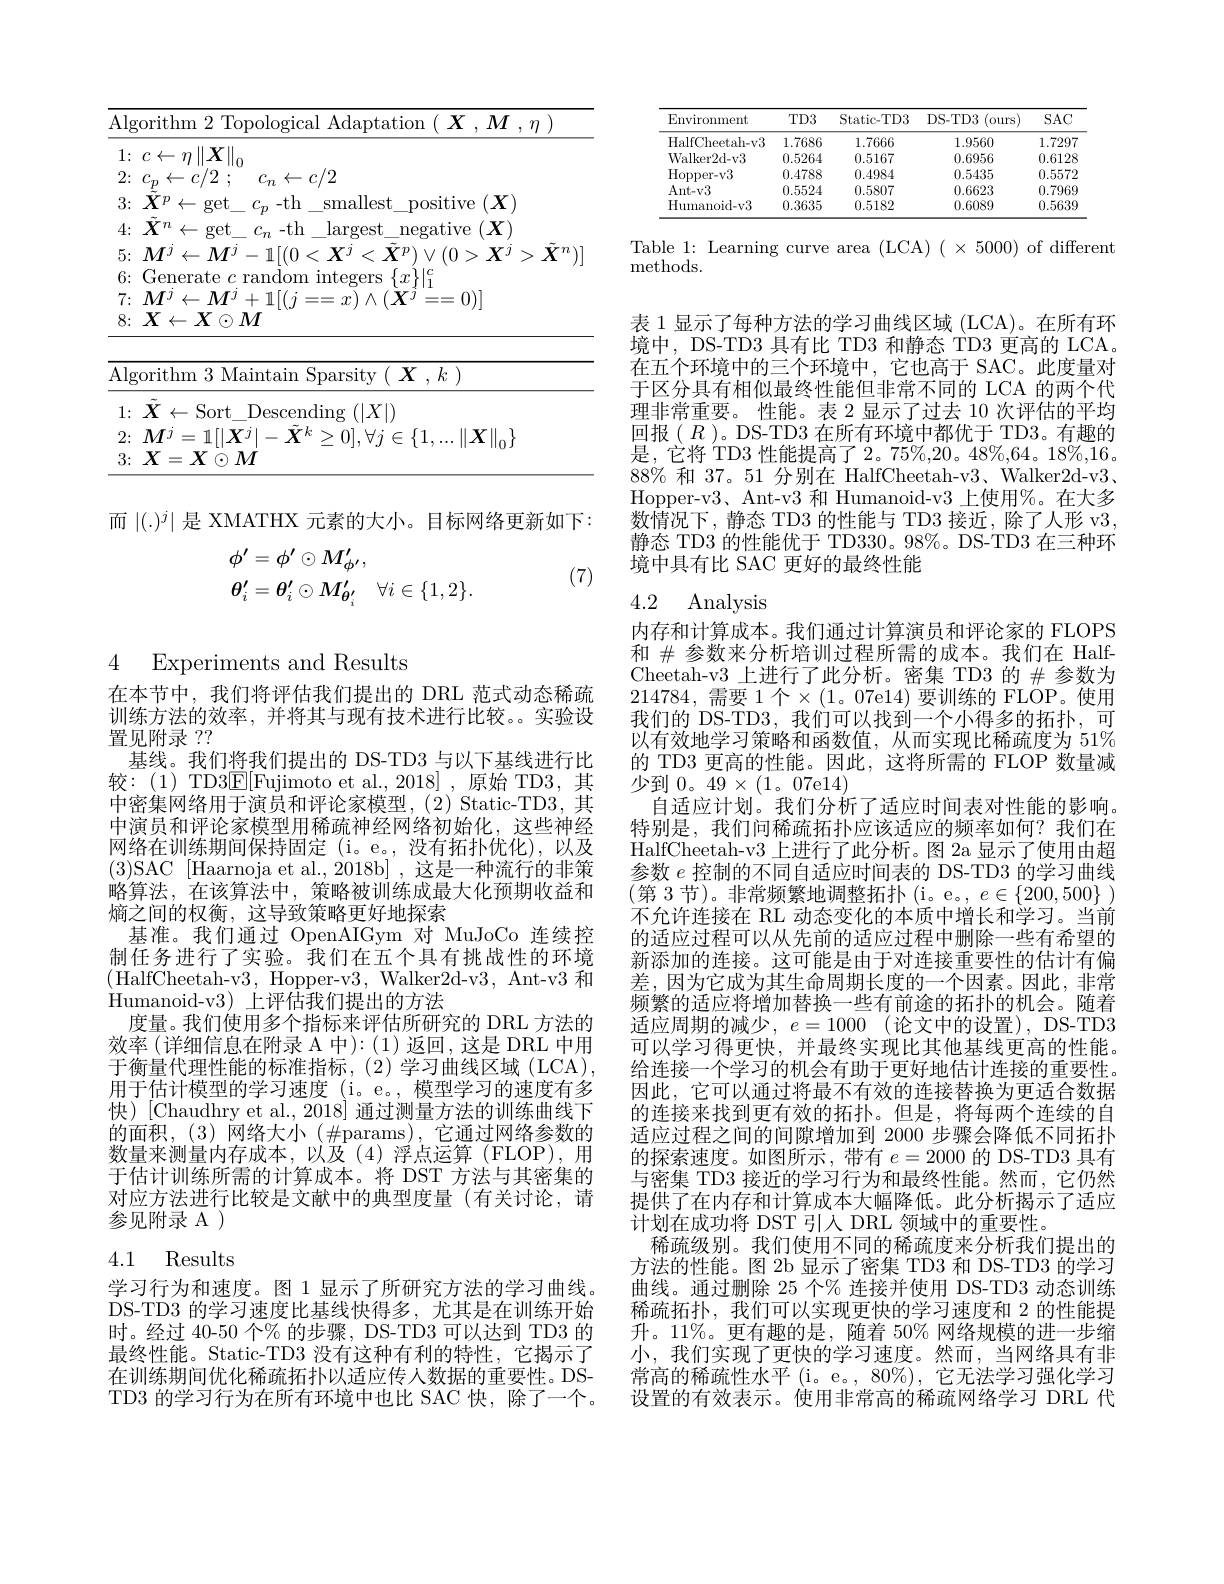
<table>
	<tbody>
		<tr>
			<th></th>
			<th>$\operatorname{}\operatorname{Adaptation}(\boldsymbol{X},\boldsymbol{M},\eta)$</th>
		</tr>
		<tr>
			<td>1</td>
			<td> </td>
		</tr>
		<tr>
			<td>4 $\angle$ T</td>
			<td>$c_{n}\leftarrow c/2$</td>
		</tr>
		<tr>
			<td> </td>
			<td>smallest positive $\because(X)$ $f_{\mathrm{m}}$ $-th$</td>
		</tr>
		<tr>
			<td> </td>
			<td>$\operatorname{largest}$ $\ni(X)$ $c_{n}$-th negative</td>
		</tr>
		<tr>
			<td>$E$ i</td>
			<td>$-1[(0<X$ $(0>\boldsymbol{X}^{j}>\boldsymbol{X}^{n}$ $\angle AB=\angle AB$ $X$ 1 $1VI$</td>
		</tr>
		<tr>
			<td>1 1</td>
			<td>$\{r\}|_{c}^{c}$</td>
		</tr>
		<tr>
			<td> </td>
			<td>111</td>
		</tr>
		<tr>
			<td> </td>
			<td>$)M$</td>
		</tr>
		<tr>
			<td>$A$</td>
			<td>Maintain Sparsity ( $\boldsymbol{X}, k )$</td>
		</tr>
	</tbody>
</table>

而$\left|(.)^j\right|$是 XMATHX 元素的大小。目标网络更新如下：
$$\begin{aligned}&\phi^{\prime}=\phi^{\prime}\odot M_{\phi^{\prime}}^{\prime},\\&\theta_{i}^{\prime}=\theta_{i}^{\prime}\odot M_{\theta_{i}^{\prime}}^{\prime}\quad\forall i\in\{1,2\}.\end{aligned}$$
(7)

4 Experiments and Results

在本节中，我们将评估我们提出的 DRL 范式动态稀疏训练方法的效率，并将其与现有技术进行比较。实验设置见附录？?
基线。我们将我们提出的 DS-TD3 与以下基线进行比较：(1) TD3$\underline{\mathrm{E}}[$Fujimoto et al.,2018],原始 TD3,其中密集网络用于演员和评论家模型，(2) Static-TD3, 其中演员和评论家模型用稀疏神经网络初始化，这些神经网络在训练期间保持固定 (i。e。,没有拓扑优化),以及(3)SAC [ Haarnoja et al. , 2018b] , 这 是 一 种 流 行 的 非 策 略算法，在该算法中，策略被训练成最大化预期收益和熵之间的权衡，这导致策略更好地探索
基准。我们通过 OpenAIGym 对 MuJoCo 连续控制任务进行了实验。我们在五个具有挑战性的环境(HalfCheetah-v3, Hopper-v3, Walker2d-v3, Ant-v3 和Humanoid-v3) 上评估我们提出的方法
度量。我们使用多个指标来评估所研究的 DRL 方法的效率(详细信息在附录 A 中):(1)返回，这是 DRL 中用于衡量代理性能的标准指标，(2)学习曲线区域(LCA), 用于估计模型的学习速度$(\mathrm{i}_{\mathrm{o}}$ e。, 模型学习的速度有多快)[Chaudhry et al., 2018] 通过测量方法的训练曲线下的面积，(3)网络大小($\#$params$) , 它 通 过 网 络 参 数 的$ 数量来测量内存成本，以及(4)浮点运算(FLOP),用于估计训练所需的计算成本。将 DST 方法与其密集的对应方法进行比较是文献中的典型度量(有关讨论，请参见附录 A )

# 4.1 Results

学习行为和速度。图 1 显示了所研究方法的学习曲线。DS-TD3 的学习速度比基线快得多，尤其是在训练开始时。经过 40-50 个% 的步骤，DS-TD3 可以达到 TD3 的最终性能。Static-TD3 没有这种有利的特性，它揭示了在训练期间优化稀疏拓扑以适应传人数据的重要性。DSTD3 的学习行为在所有环境中也比 SAC 快，除了一个。

<table>
	<tbody>
		<tr>
			<th>Environment</th>
			<th>$TD3$</th>
			<th>Static- TD3</th>
			<th>DS- TD3 (ours)</th>
			<th>$SAC$</th>
		</tr>
		<tr>
			<td>HalfCheetah-v3</td>
			<td>1.7686</td>
			<td>1.7666</td>
			<td>1.9560</td>
			<td>1.7297</td>
		</tr>
		<tr>
			<td>Walker2d- v3</td>
			<td>0.5264</td>
			<td>0.5167</td>
			<td>0.6956</td>
			<td>0.6128</td>
		</tr>
		<tr>
			<td>Hopper- v3</td>
			<td>0.4788</td>
			<td>0.4984</td>
			<td>0.5435</td>
			<td>0.5572</td>
		</tr>
		<tr>
			<td>Ant- v3</td>
			<td>0.5524</td>
			<td>0.5807</td>
			<td>0.6623</td>
			<td>0.796</td>
		</tr>
		<tr>
			<td>Humanoid-v3</td>
			<td>0.3635</td>
			<td>0.5182</td>
			<td>0.6089</td>
			<td>0.563C</td>
		</tr>
	</tbody>
</table>

Table 1: Learning curve area (LCA) ( × 5000) of different
${\mathrm{methods.}}$

表 1 显示了每种方法的学习曲线区域 (LCA)。在所有环境中，DS-TD3 具有比 TD3 和静态 TD3 更高的 LCA。在五个环境中的三个环境中，它也高于 SAC。此度量对于区分具有相似最终性能但非常不同的 LCA 的两个代理非常重要。性能。表 2 显示了过去 10 次评估的平均回报( $R$ )。DS-TD3 在所有环境中都优于 TD3。有趣的是，它将 TD3 性能提高了 2。75%,20。48%,64。18%,16。$88\%$和 37。51 分别在 HalfCheetah-v3、Walker2d-v3、 Hopper-v3、Ant-v3 和 Humanoid-v3 上使用%。在大多数情况下，静态 TD3 的性能与 TD3 接近，除了人形 v3, 静态 TD3 的性能优于 TD330。98%。DS-TD3 在三种环境中具有比 SAC 更好的最终性能

## 4.2 Analysis

内存和计算成本。我们通过计算演员和评论家的 FLOPS 和$\#$参数来分析培训过程所需的成本。我们在 HalfCheetah-v3 上进行了此分析。密集 TD3 的$\#$参数为214784,需要 1个$\times(1$。07e14)要训练的 FLOP。使用我们的 DS-TD3, 我们可以找到一个小得多的拓扑，可以有效地学习策略和函数值，从而实现比稀疏度为 51% 的 TD3 更高的性能。因此，这将所需的 FLOP 数量减少到$0。49\times(1$。07e14)
自适应计划。我们分析了适应时间表对性能的影响。特别是，我们问稀疏拓扑应该适应的频率如何？我们在HalfCheetah-v3 上进行了此分析。图 2a 显示了使用由超参数$e$控制的不同自适应时间表的 DS-TD3 的学习曲线(第 3节)。非常频繁地调整拓扑(i。e。,$e\in\{200,500\})$ 不允许连接在 RL 动态变化的本质中增长和学习。当前的适应过程可以从先前的适应过程中删除一些有希望的新添加的连接。这可能是由于对连接重要性的估计有偏差，因为它成为其生命周期长度的一个因素。因此，非常频繁的适应将增加替换一些有前途的拓扑的机会。随着适应周期的减少，$e= 1000$ (论文中的设置),DS-TD3可以学习得更快，并最终实现比其他基线更高的性能。给连接一个学习的机会有助于更好地估计连接的重要性。因此，它可以通过将最不有效的连接替换为更适合数据的连接来找到更有效的拓扑。但是，将每两个连续的自适应过程之间的间隙增加到 2000 步骤会降低不同拓扑的探索速度。如图所示，带有$e=2000$的 DS-TD3 具有与密集 TD3 接近的学习行为和最终性能。然而，它仍然提供了在内存和计算成本大幅降低。此分析揭示了适应计划在成功将 DST 引入 DRL 领域中的重要性。
稀疏级别。我们使用不同的稀疏度来分析我们提出的方法的性能。图 2b 显示了密集 TD3 和 DS-TD3 的学习曲线。通过删除 25 个% 连接并使用 DS-TD3 动态训练稀疏拓扑，我们可以实现更快的学习速度和 2 的性能提升。11%。更有趣的是，随着 50% 网络规模的进一步缩小，我们实现了更快的学习速度。然而，当网络具有非常高的稀疏性水平 (i。e。, 80%), 它无法学习强化学习设置的有效表示。使用非常高的稀疏网络学习 DRL 代